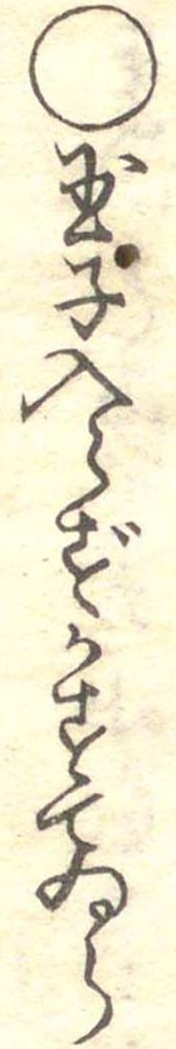
○玉子入らずかすてゐら